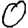
Digit: 0